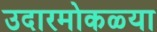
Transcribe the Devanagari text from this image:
उदारमोकळ्या